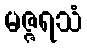
မဇ္ဇရသံ